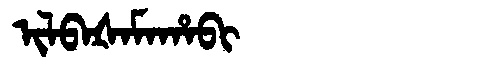
Manchu: ᡳᠯᠪᠠᡧᠠᠮᠠᡥᠠᠪᡳ
Romanization: ILBAŠAMAHABI